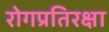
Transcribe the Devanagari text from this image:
रोगप्रतिरक्षा